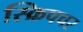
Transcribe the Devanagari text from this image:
स्क्रिपचर